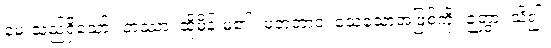
မေးသည်ရှိသော်။ တဿာ၊ ထိုမိန်းမ၏။ မတဘာဝံ၊ သေသောအဖြစ်ကို။ ဉတွာ၊ သိ၍။